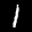
Label: 1